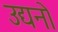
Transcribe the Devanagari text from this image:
उद्यनो